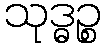
သုဒ္ဓဉ္စ